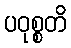
ပဝုစ္စတိ